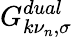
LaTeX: G_{k\nu_{n},\sigma}^{dual}